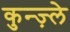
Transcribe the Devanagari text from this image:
कुन्ज़्ले